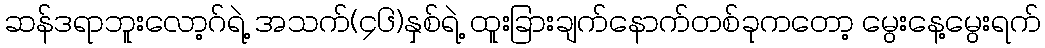
ဆန်ဒရာဘူးလော့ဂ်ရဲ့ အသက်(၄၆)နှစ်ရဲ့ ထူးခြားချက်နောက်တစ်ခုကတော့ မွေးနေ့မွေးရက်